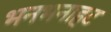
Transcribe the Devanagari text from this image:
भनभनाहट